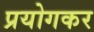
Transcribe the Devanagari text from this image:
प्रयोगकर